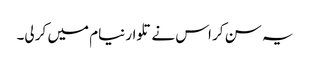
یہ سن کر اس نے تلوار نیام میں کر لی۔